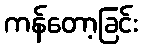
ကန်တော့ခြင်း